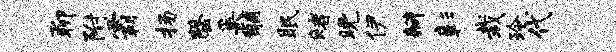
聊附霸扬罄奚黼眠赌晚伊瓣彰栽玲代